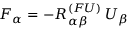
F _ { \alpha } = - R _ { \alpha \beta } ^ { ( F U ) } \, U _ { \beta }